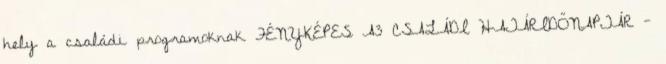
hely a családi programoknak FÉNYKÉPES A3 CSALÁDI HATÁRIDŐNAPTÁR -